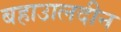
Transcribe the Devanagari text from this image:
बहाउालदीन